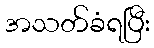
အသတ်ခံရပြီး